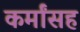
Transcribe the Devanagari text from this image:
कर्मांसह